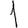
Digit: 1